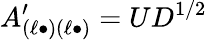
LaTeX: A_{(\ell\bullet)(\ell\bullet)}^{\prime}=UD^{1/2}